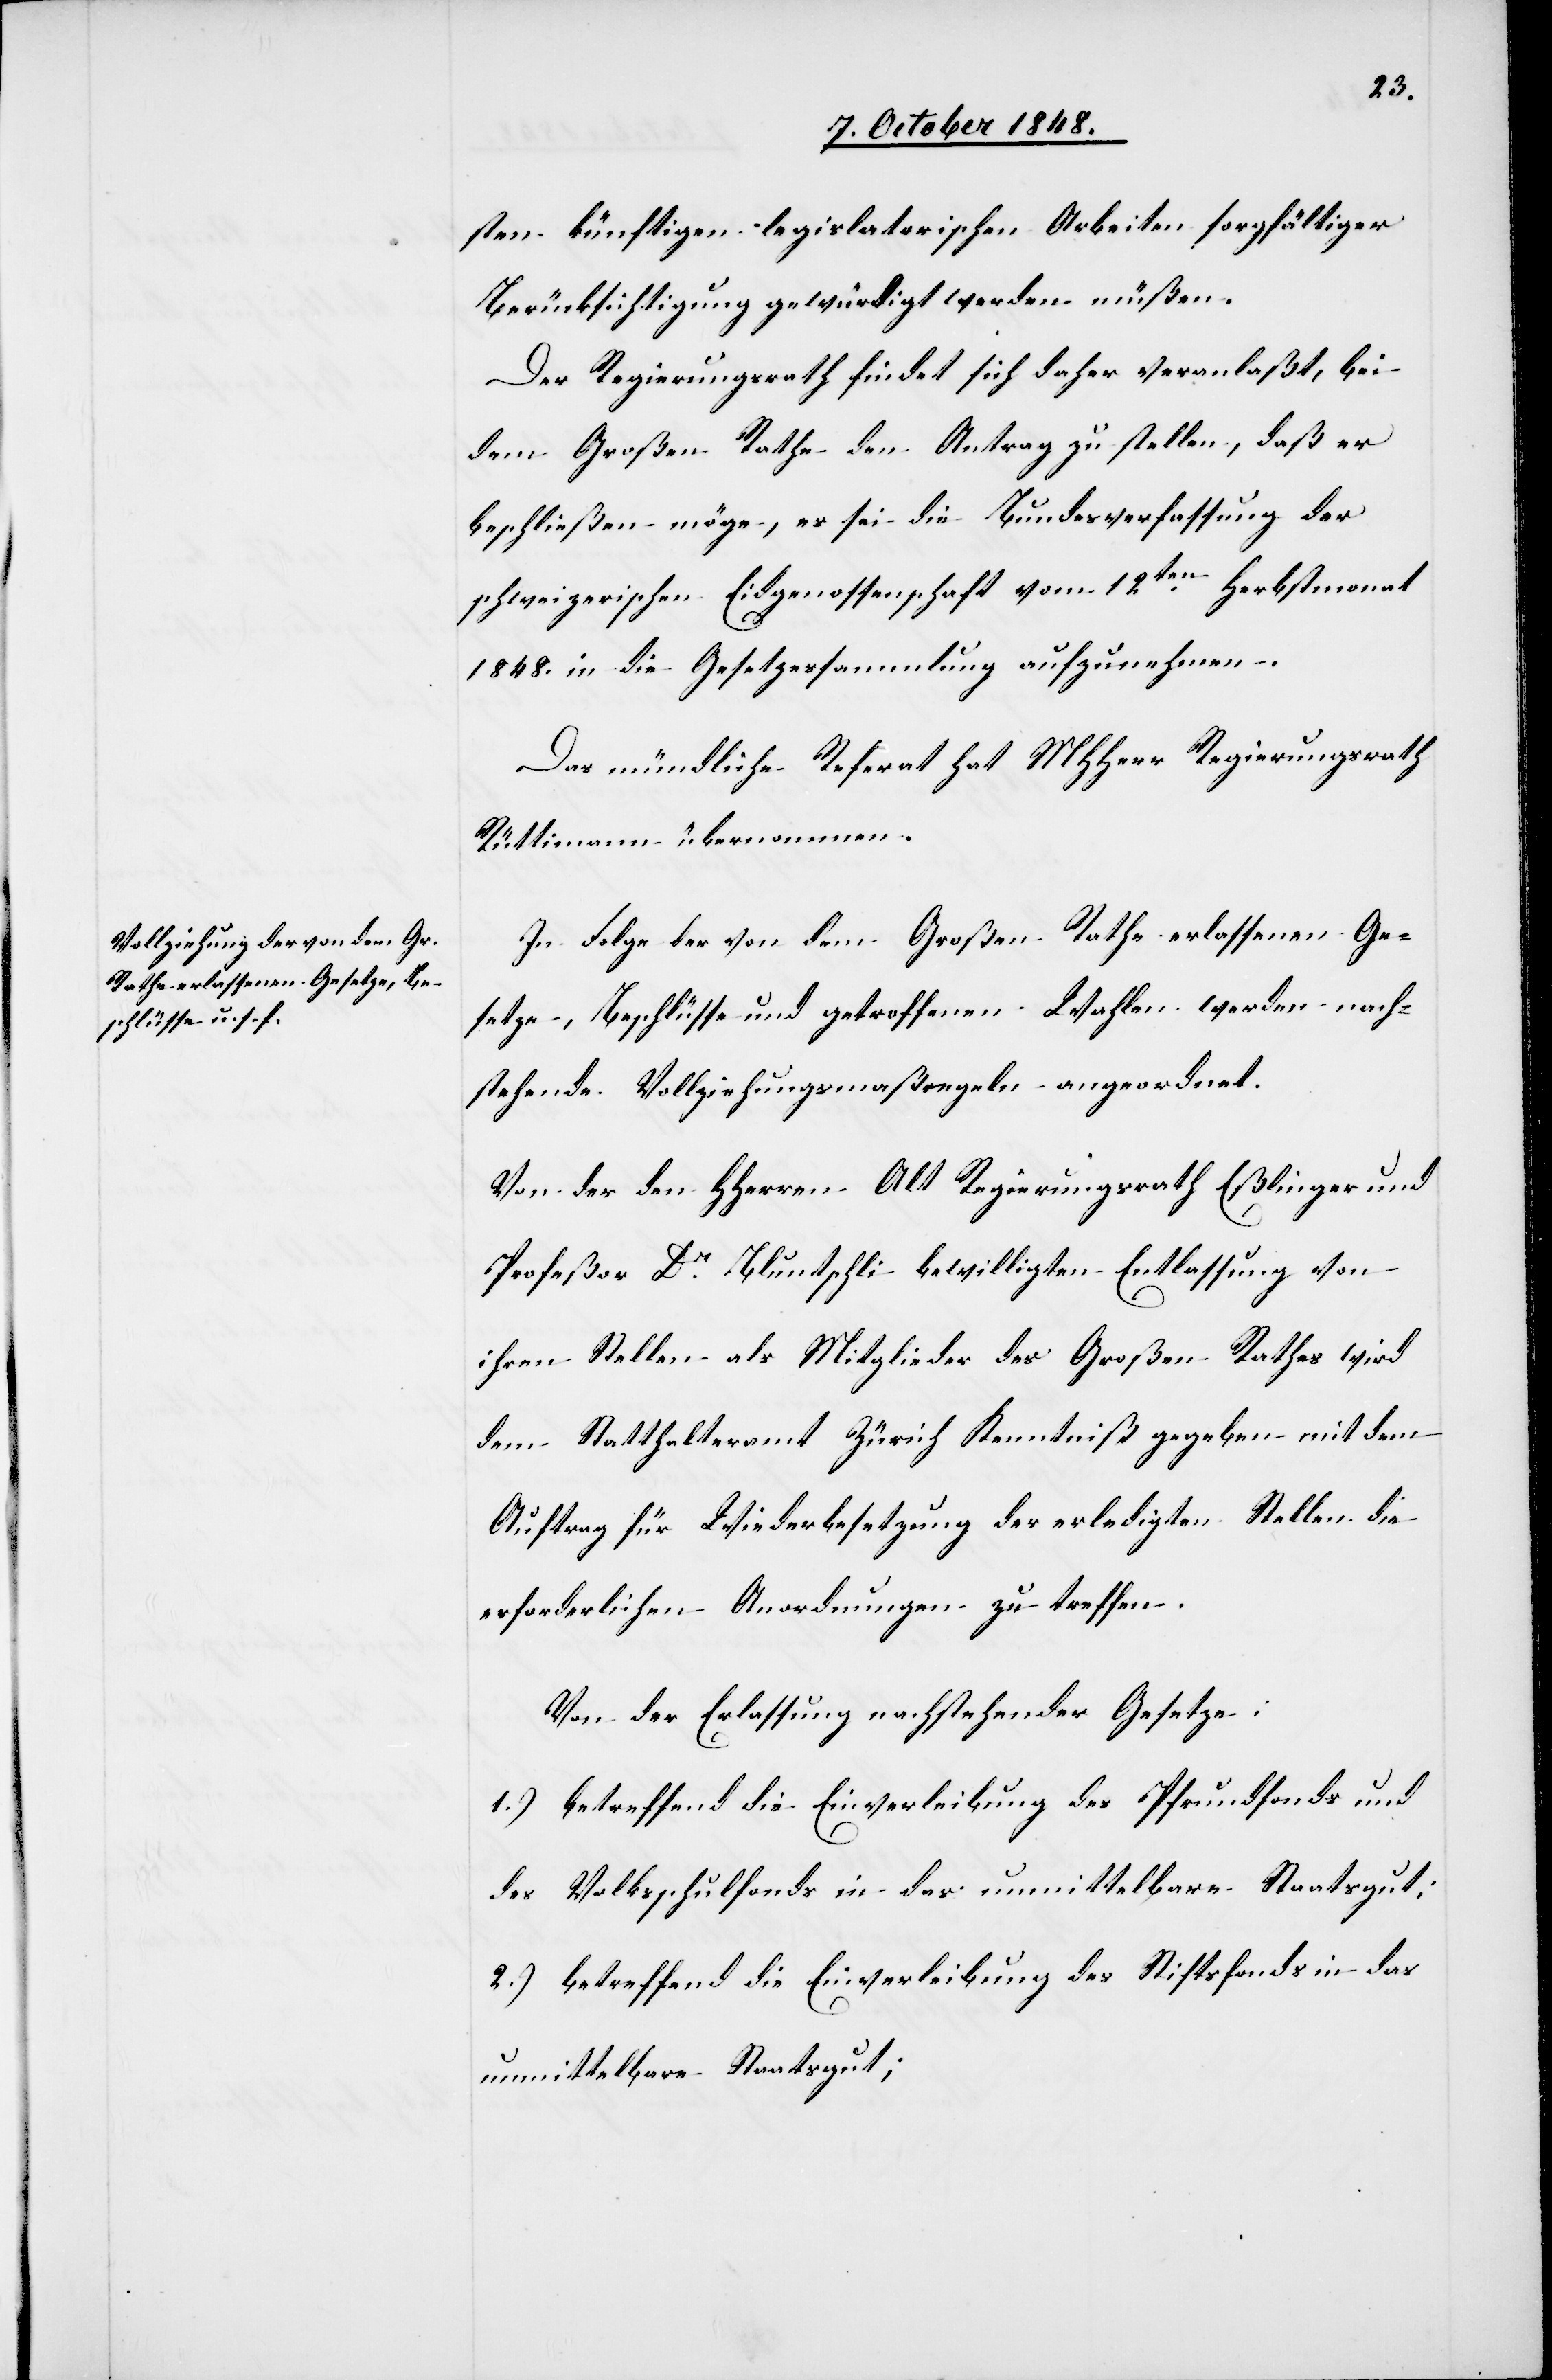
sten künftigen legislatorischen Arbeiten sorgfältiger
Berücksichtigung gewürdigt werden müßen.
Der Regierungsrath findet sich daher veranlaßt, bei
dem Großen Rathe den Antrag zu stellen, daß er
beschließen möge, es sei die Bundesverfassung der
schweizerischen Eidgenossenschaft vom 12ten Herbstmonat
1848. in die Gesetzessammlung aufzunehmen.
Das mündliche Referat hat MHHerr Regierungsrath
Rüttimann übernommen.
In Folge der von dem Großen Rathe erlassenen Ge¬
setze, Beschlüsse und getroffenen Wahlen werden nach¬
stehende Vollziehungsmaßregeln angeordnet.
Von der den HHerren Alt Regierungsrath Eßlinger und
Profeßor Dr . Bluntschli bewilligten Entlassung von
ihren Stellen als Mitglieder des Großen Rathes wird
dem Statthalteramt Zürich Kenntniß gegeben mit dem
Auftrag für Wiederbesetzung der erledigten Stellen die
erforderlichen Anordnungen zu treffen.
Von der Erlassung nachstehender Gesetze:
1.) betreffend die Einverleibung des Pfrundfonds und
des Volksschulfonds in das unmittelbare Staatsgut;
2.) betreffend die Einverleibung des Stiftsfonds in das
unmittelbare Staatsgut;